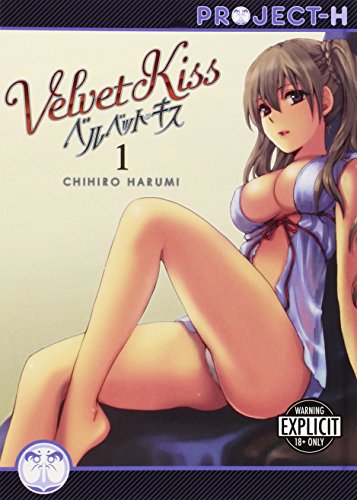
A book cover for Velvet Kiss, Vol. 1; Chihiro Harumi; Comics & Graphic Novels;